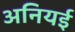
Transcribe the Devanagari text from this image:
अनियई